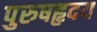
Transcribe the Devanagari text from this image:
पुरुषहृदय